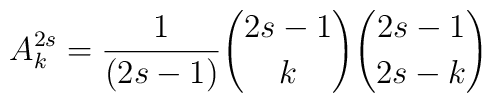
A_k^{2s} ={1\over(2s-1)}{2s-1\choose k}{2s-1\choose 2s-k}